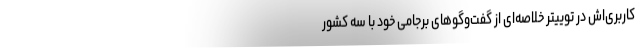
کاربری‌اش در توییتر خلاصه‌ای از گفت‌وگوهای برجامی خود با سه کشور